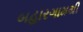
બહારગામથી